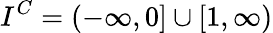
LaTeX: I^{C}=(-\infty,0]\cup[1,\infty)